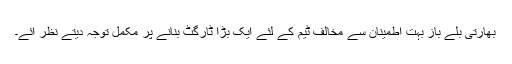
بھارتی بلے باز بہت اطمینان سے مخالف ٹیم کے لئے ایک بڑا ٹارگٹ بنانے پر مکمل توجہ دیتے نظر آئے۔